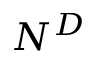
N ^ { D }